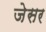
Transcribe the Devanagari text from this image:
जेसर